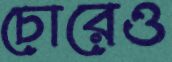
চোরেও